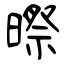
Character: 暩